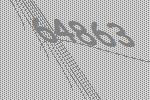
64863